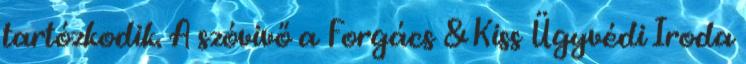
tartózkodik. A szóvivő a Forgács & Kiss Ügyvédi Iroda